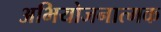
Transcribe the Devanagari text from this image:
अभियोजनात्मक